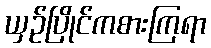
ယှဉ်ပြိုင်ကစားကြရာ